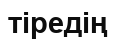
тіредің